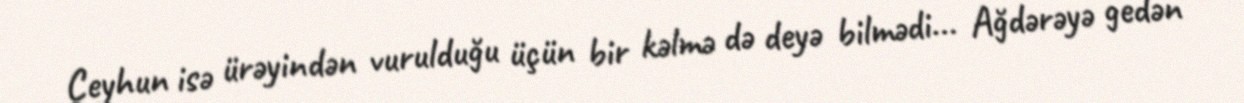
Ceyhun isə ürəyindən vurulduğu üçün bir kəlmə də deyə bilmədi... Ağdərəyə gedən